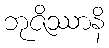
ဘုဇိဿာနိ